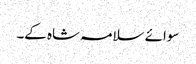
سوائے سلامہ شاہ کے۔